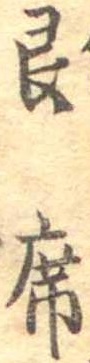
即席